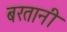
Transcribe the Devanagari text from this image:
बरतानी